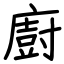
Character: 廚